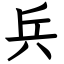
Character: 兵